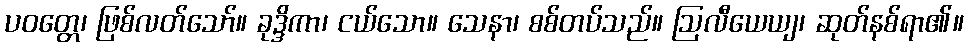
ပဝတ္တေ၊ ဖြစ်လတ်သော်။ ခုဒ္ဒိကာ၊ ငယ်သော။ သေနာ၊ စစ်တပ်သည်။ ဩလီယေယျ၊ ဆုတ်နစ်ရာ၏။